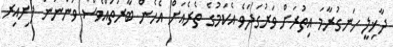
ދާޚިލީ ހަނގުރާމަ އިތުރަށް ވަރުގަދަވެ އެކަމުގެ ތެރެއަށް އެހެން ބާރުތައްވެސް ވަންނަން ފެށިއިރު